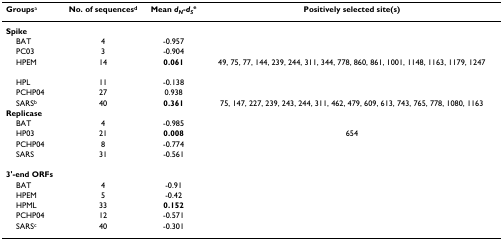
| Groupsa | No. of sequencesd | Mean dN-dSe | Positively selected site(s) |
 | --- | --- | --- | --- |
 | Spike |  |  |  |
 | BAT | 4 | -0.957 |  |
 | PC03 | 3 | -0.904 |  |
 | HPEM | 14 | 0.061 | 49, 75, 77, 144, 239, 244, 311, 344, 778, 860, 861, 1001, 1148, 1163, 1179, 1247 |
 | HPL | 11 | -0.138 |  |
 | PCHP04 | 27 | 0.938 |  |
 | SARSb | 40 | 0.361 | 75, 147, 227, 239, 243, 244, 311, 462, 479, 609, 613, 743, 765, 778, 1080, 1163 |
 | Replicase |  |  |  |
 | BAT | 4 | -0.985 |  |
 | HP03 | 21 | 0.008 | 654 |
 | PCHP04 | 8 | -0.774 |  |
 | SARS | 31 | -0.561 |  |
 | 3'-end ORFs |  |  |  |
 | BAT | 4 | -0.91 |  |
 | HPEM | 5 | -0.42 |  |
 | HPML | 33 | 0.152 |  |
 | PCHP04 | 12 | -0.571 |  |
 | SARSc | 40 | -0.301 |  |